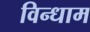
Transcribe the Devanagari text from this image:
विन्धाम